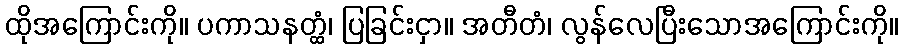
ထိုအကြောင်းကို။ ပကာသနတ္ထံ၊ ပြခြင်းငှာ။ အတီတံ၊ လွန်လေပြီးသောအကြောင်းကို။